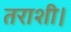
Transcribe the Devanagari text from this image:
तराशी।